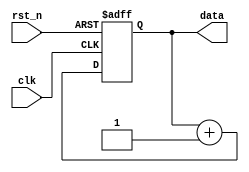
module RepeatLoop (
    input wire clk,         // Clock signal
    input wire rst_n,      // Active-low reset signal
    output reg [7:0] data  // Example output data
);

    // Initialization process
    initial begin
        data = 8'b0; // Initialize data to zero
    end

    // Always block to execute the repeat loop functionality
    always @(posedge clk or negedge rst_n) begin
        if (!rst_n) begin
            // Reset condition
            data <= 8'b0; // Reset data
        end else begin
            // Repeat Loop Body
            // Place your operations here
            data <= data + 1; // Example operation: increment data
            // Additional operations can be added as needed
        end
    end

endmodule